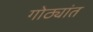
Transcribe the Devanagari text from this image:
गोठ्यांत